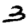
Digit: 3